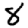
Digit: 8